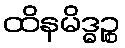
ထိနမိဒ္ဓဉ္စ